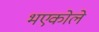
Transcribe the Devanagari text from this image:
भएकोले